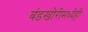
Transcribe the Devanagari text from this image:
बंडखोरीमध्येही